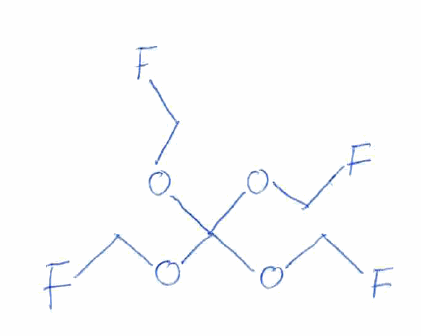
Simplified molecular-input line-entry system (SMILES) notation of the given molecule:
C(OC(OCF)(OCF)OCF)F